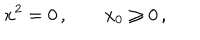
x ^ { 2 } = 0 \, , \; x _ { 0 } \geq 0 \, ,